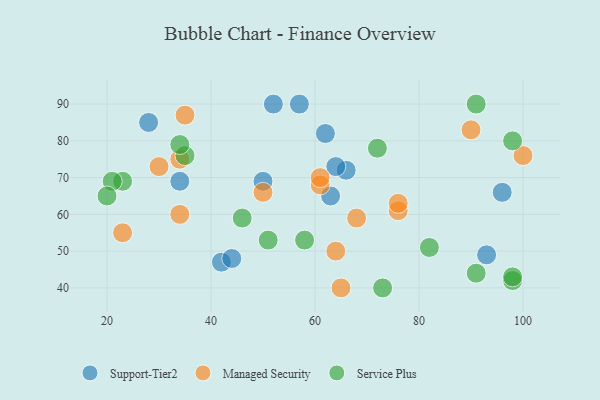
{"axis": {"x": "GDP", "y": "Life Expectancy"}, "legend": ["Managed Security", "Service Plus", "Support-Tier2"], "data": [{"x": "66", "y": 72, "type": "Support-Tier2"}, {"x": "57", "y": 90, "type": "Support-Tier2"}, {"x": "52", "y": 90, "type": "Support-Tier2"}, {"x": "42", "y": 47, "type": "Support-Tier2"}, {"x": "96", "y": 66, "type": "Support-Tier2"}, {"x": "63", "y": 65, "type": "Support-Tier2"}, {"x": "28", "y": 85, "type": "Support-Tier2"}, {"x": "62", "y": 82, "type": "Support-Tier2"}, {"x": "93", "y": 49, "type": "Support-Tier2"}, {"x": "34", "y": 69, "type": "Support-Tier2"}, {"x": "44", "y": 48, "type": "Support-Tier2"}, {"x": "50", "y": 69, "type": "Support-Tier2"}, {"x": "64", "y": 73, "type": "Support-Tier2"}, {"x": "61", "y": 68, "type": "Managed Security"}, {"x": "34", "y": 75, "type": "Managed Security"}, {"x": "64", "y": 50, "type": "Managed Security"}, {"x": "35", "y": 87, "type": "Managed Security"}, {"x": "100", "y": 76, "type": "Managed Security"}, {"x": "23", "y": 55, "type": "Managed Security"}, {"x": "34", "y": 60, "type": "Managed Security"}, {"x": "76", "y": 61, "type": "Managed Security"}, {"x": "90", "y": 83, "type": "Managed Security"}, {"x": "65", "y": 40, "type": "Managed Security"}, {"x": "68", "y": 59, "type": "Managed Security"}, {"x": "61", "y": 70, "type": "Managed Security"}, {"x": "50", "y": 66, "type": "Managed Security"}, {"x": "30", "y": 73, "type": "Managed Security"}, {"x": "76", "y": 63, "type": "Managed Security"}, {"x": "46", "y": 59, "type": "Service Plus"}, {"x": "91", "y": 44, "type": "Service Plus"}, {"x": "98", "y": 42, "type": "Service Plus"}, {"x": "82", "y": 51, "type": "Service Plus"}, {"x": "72", "y": 78, "type": "Service Plus"}, {"x": "91", "y": 90, "type": "Service Plus"}, {"x": "98", "y": 80, "type": "Service Plus"}, {"x": "35", "y": 76, "type": "Service Plus"}, {"x": "98", "y": 43, "type": "Service Plus"}, {"x": "58", "y": 53, "type": "Service Plus"}, {"x": "51", "y": 53, "type": "Service Plus"}, {"x": "34", "y": 79, "type": "Service Plus"}, {"x": "23", "y": 69, "type": "Service Plus"}, {"x": "73", "y": 40, "type": "Service Plus"}, {"x": "21", "y": 69, "type": "Service Plus"}, {"x": "20", "y": 65, "type": "Service Plus"}]}